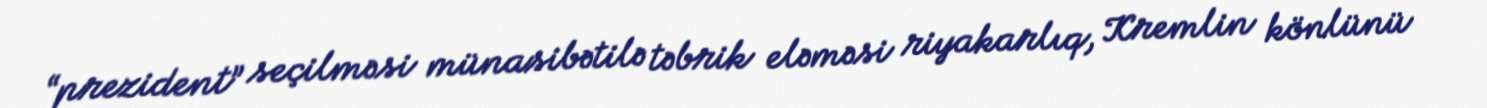
“prezident” seçilməsi münasibətilə təbrik eləməsi riyakarlıq, Kremlin könlünü